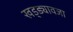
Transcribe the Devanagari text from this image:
खड्ड्यावजा